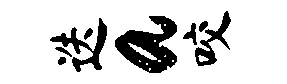
迭a咬